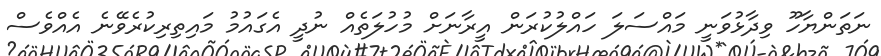
ނަތަންޔާހޫ ވިދާޅުވަނީ މައްސަލަ ހައްލުކުރަން އީރާނަށް މުހުލަތެއް ނުދީ އެގައުމު މައިތިރިކުރެވޭނެ އެއްވެސް